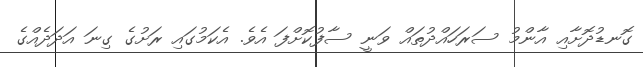
ގޮނޑުދޮށާއި އާންމު ސަރަހައްދުތައް ވަނީ ސާފުކޮށްފަ އެވެ. އެކަމުގައި ރަށުގެ ގިނަ އަދަދެއްގެ